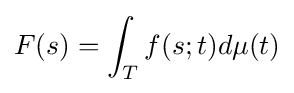
F(s)=\int _{T}f(s;t)d\mu (t)